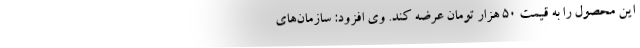
این محصول را به قیمت ۵۰ هزار تومان عرضه کند. وی افزود: سازمان‌های